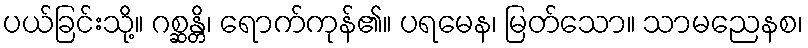
ပယ်ခြင်းသို့။ ဂစ္ဆန္တိ၊ ရောက်ကုန်၏။ ပရမေန၊ မြတ်သော။ သာမညေနစ၊